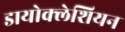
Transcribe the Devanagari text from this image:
डायोक्लेशियन